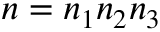
n = n _ { 1 } n _ { 2 } n _ { 3 }